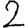
Digit: 2